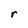
Character: r